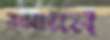
রাসায়ন